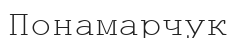
Понамарчук